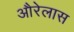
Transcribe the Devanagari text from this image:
औरेलास